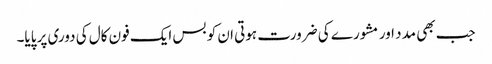
جب بھی مدد اور مشورے کی ضرورت ہوتی ان کو بس ایک فون کال کی دوری پر پایا۔